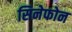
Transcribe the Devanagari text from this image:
सिनेफोन